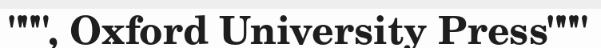
""", Oxford University Press"""